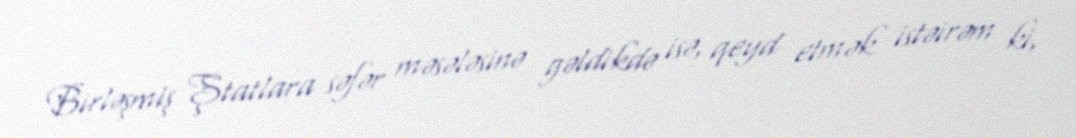
Birləşmiş Ştatlara səfər məsələsinə gəldikdə isə, qeyd etmək istəirəm ki,